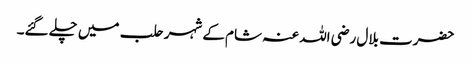
حضرت بلال رضی اللہ عنہ شام کے شہر حلب میں چلے گئے۔